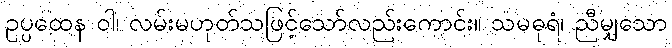
ဥပ္ပထေန ဝါ၊ လမ်းမဟုတ်သဖြင့်သော်လည်းကောင်း။ သမဓုရံ၊ ညီမျှသော